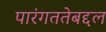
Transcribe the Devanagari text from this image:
पारंगततेबद्दल